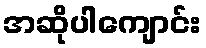
အဆိုပါကျောင်း